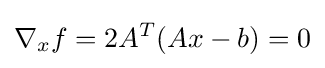
\nabla _{x}f=2A^{T}(Ax-b)=0